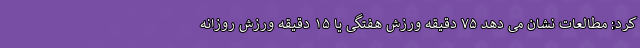
کرد: مطالعات نشان می دهد ۷۵ دقیقه ورزش هفتگی یا ۱۵ دقیقه ورزش روزانه